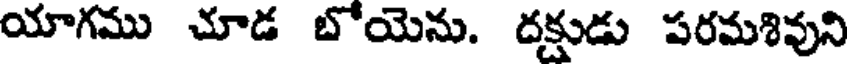
యాగము చూడ బోయెను. దక్షుడు పరమశివుని